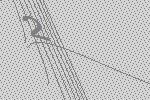
2